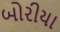
બોરીયા